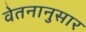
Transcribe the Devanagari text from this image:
वेतनानुसार